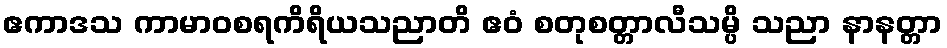
ဧကာဒသ ကာမာဝစရကိရိယသညာတိ ဧဝံ စတုစတ္တာလီသမ္ပိ သညာ နာနတ္တာ